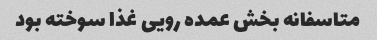
متاسفانه بخش عمده رویی غذا سوخته بود